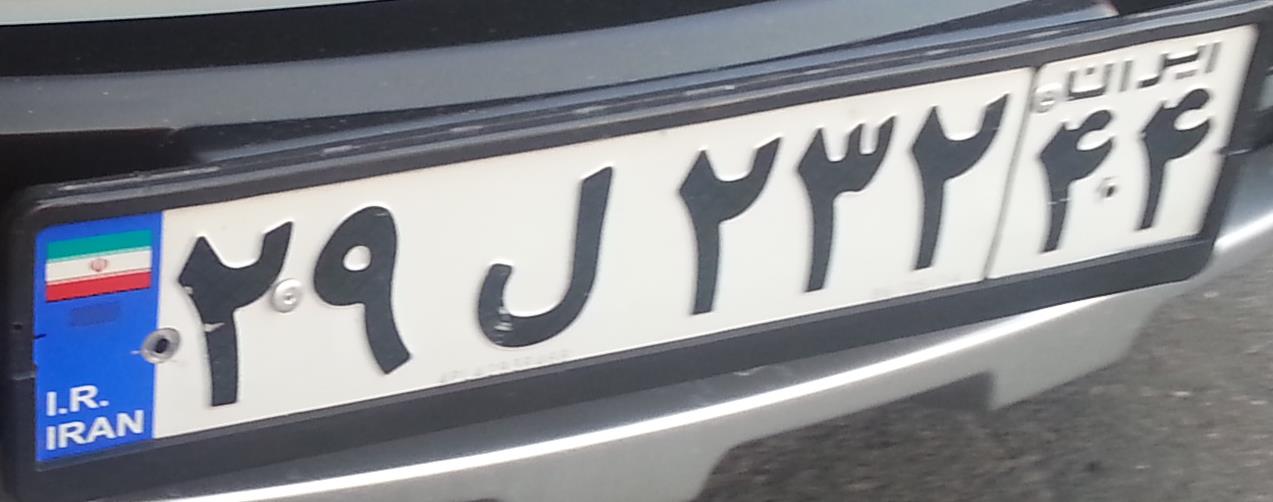
۲۹ل۲۳۲۴۴